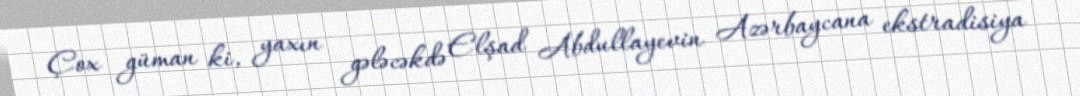
Çox güman ki, yaxın gələcəkdə Elşad Abdullayevin Azərbaycana ekstradisiya